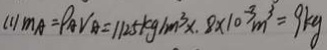
( 1 ) m _ { A } = \rho _ { A } V _ { A } = 1 1 2 5 k g / m ^ { 3 } \times 8 \times 1 0 ^ { - 3 } m ^ { 3 } = 9 k g